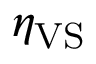
\eta _ { \mathrm { V S } }